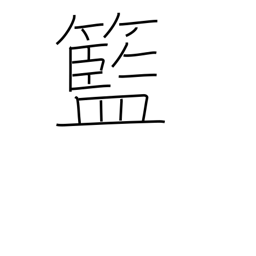
Meaning: basket